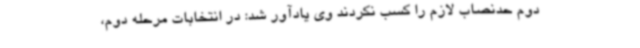
دوم حدنصاب لازم را کسب نکردند وی یادآور شد: در انتخابات مرحله دوم،